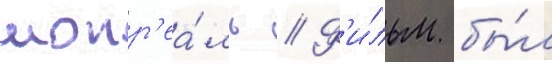
монр'еа́ль // Ф'и́льм бы́л